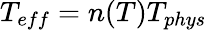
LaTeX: T_{eff}=n(T)T_{phys}